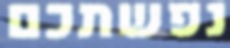
נפשתכם